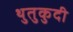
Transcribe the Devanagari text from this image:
थुतुकुदी